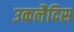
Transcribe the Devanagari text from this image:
उकलैदिस